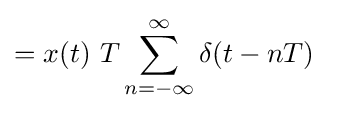
=x(t)\ T\sum _{n=-\infty }^{\infty }\delta (t-nT)\